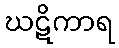
ဃဋိကာရ